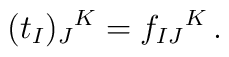
(t_I)_J{}^K  = f_{IJ}{}^K  \,.